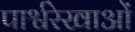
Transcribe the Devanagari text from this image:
पार्श्वरेखाओं